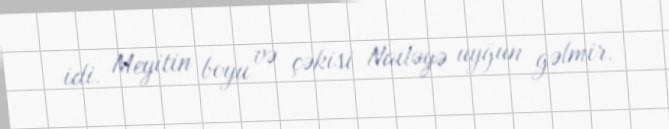
idi. Meyitin boyu və çəkisi Nailəyə uyğun gəlmir.